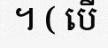
។ ( បើ